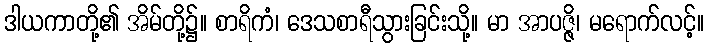
ဒါယကာတို့၏ အိမ်တို့၌။ စာရိကံ၊ ဒေသစာရီသွားခြင်းသို့။ မာ အာပဇ္ဇိ၊ မရောက်လင့်။